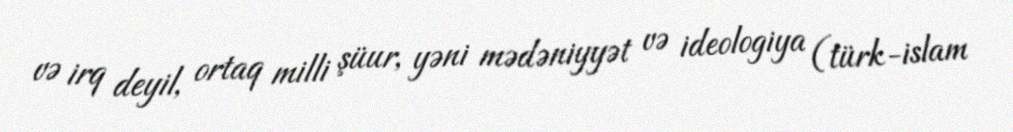
və irq deyil, ortaq milli şüur, yəni mədəniyyət və ideologiya (türk-islam